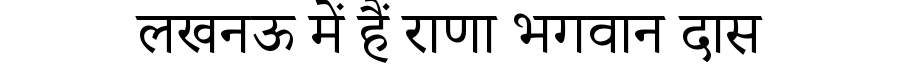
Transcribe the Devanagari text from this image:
लखनऊ में हैं राणा भगवान दास